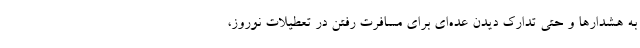
به هشدارها و حتی تدارک دیدن عده‌ای برای مسافرت رفتن در تعطیلات نوروز،